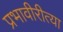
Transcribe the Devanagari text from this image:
प्रभावीरीत्या